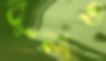
বুলাও